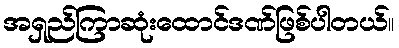
အရှည်ကြာဆုံးထောင်ဒဏ်ဖြစ်ပါတယ်။